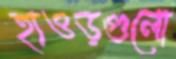
হাওড়গুলো